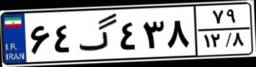
۶۴گ۴۳۸۷۹